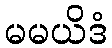
မမယိဒံ